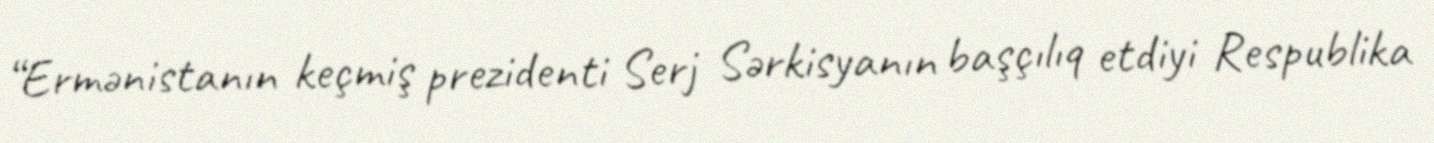
“Ermənistanın keçmiş prezidenti Serj Sərkisyanın başçılıq etdiyi Respublika